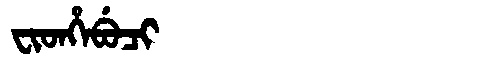
Manchu: ᠸᡳᡨᡥᡝᠪᡠᠴᡳ
Romanization: FITHEBUCI